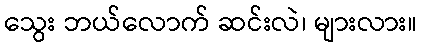
သွေး ဘယ်လောက် ဆင်းလဲ၊ များလား။